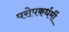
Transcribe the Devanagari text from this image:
परोपकर्धर्मी